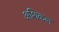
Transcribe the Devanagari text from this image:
अशिकल